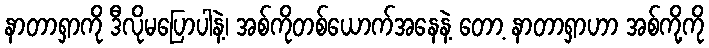
နာတာရှာကို ဒီလိုမပြောပါနဲ့၊ အစ်ကိုတစ်ယောက်အနေနဲ့ တော့ နာတာရှာဟာ အစ်ကို့ကို